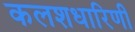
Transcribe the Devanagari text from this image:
कलशधारिणी